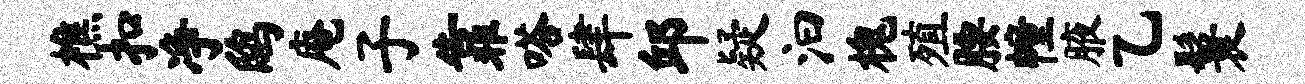
樵扣净鸱庵子靠嗒肆邱疑汩槐殖腰幢腋乙鬟